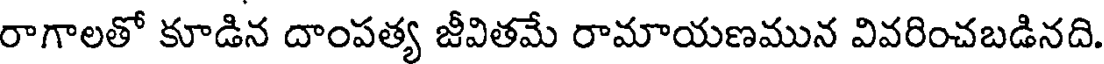
రాగాలతో కూడిన దాంపత్య జీవితమే రామాయణమున వివరించబడినది